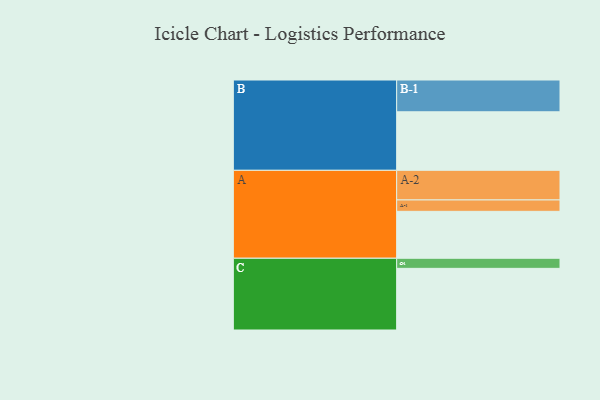
{"axis": {"x": "Segment", "y": "Value"}, "legend": ["", "A", "B", "C"], "data": [{"x": "A", "y": 437, "type": ""}, {"x": "B", "y": 545, "type": ""}, {"x": "C", "y": 574, "type": ""}, {"x": "A-1", "y": 106, "type": "A"}, {"x": "A-2", "y": 276, "type": "A"}, {"x": "B-1", "y": 296, "type": "B"}, {"x": "C-1", "y": 94, "type": "C"}]}